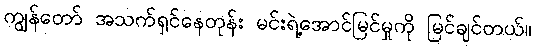
ကျွန်တော် အသက်ရှင်နေတုန်း မင်းရဲ့အောင်မြင်မှုကို မြင်ချင်တယ်။